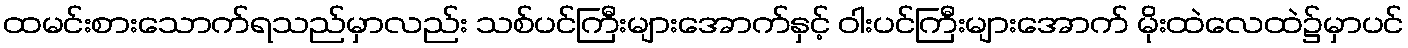
ထမင်းစားသောက်ရသည်မှာလည်း သစ်ပင်ကြီးများအောက်နှင့် ဝါးပင်ကြီးများအောက် မိုးထဲလေထဲ၌မှာပင်